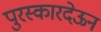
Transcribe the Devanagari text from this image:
पुरस्कारदेऊन